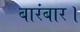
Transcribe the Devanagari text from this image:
बारंबार।